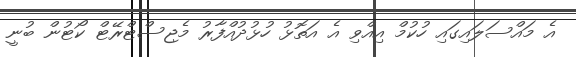
އެ މައްސަލައިގައި ހުކުމް އިއްވި އެ އަތޮޅު ހުޅުދުއްފާރު މެޖިސްޓްރޭޓް ކޯޓުން ބުނީ